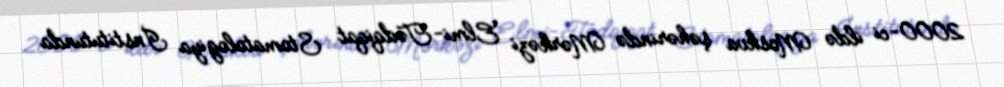
2000-ci ildə Moskva şəhərində Mərkəzi Elmi-Tədqiqat Stomatologiya İnstitutunda